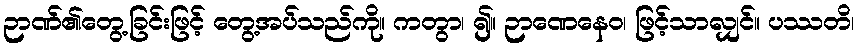
ဉာဏ်၏တွေ့ခြင်းဖြင့် တွေ့အပ်သည်ကို။ ကတွာ၊ ၍။ ဉာဏေနေဝ၊ ဖြင့်သာလျှင်။ ပဿတိ၊